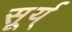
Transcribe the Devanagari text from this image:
सूर्य्